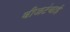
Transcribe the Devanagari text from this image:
वीजटंचाई